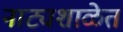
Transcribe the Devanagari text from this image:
नाट्यशाळेत